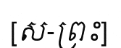
[ស-ព្រះ]